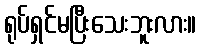
ရုပ်ရှင်မပြီးသေးဘူးလား။